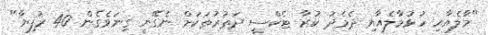
"މާލެއާއި ހުޅުމާލެއާއި ދެމެދު ކުރާ ޓެކްސީ ދަތުރުތަކަށް ނެގޭނީ ގިނަވެގެން 40 ރުފިޔާ"